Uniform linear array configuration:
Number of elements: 16
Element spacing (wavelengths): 0.5
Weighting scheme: hann
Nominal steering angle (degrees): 15
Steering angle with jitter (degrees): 14.759
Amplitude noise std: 0.05
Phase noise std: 0.05

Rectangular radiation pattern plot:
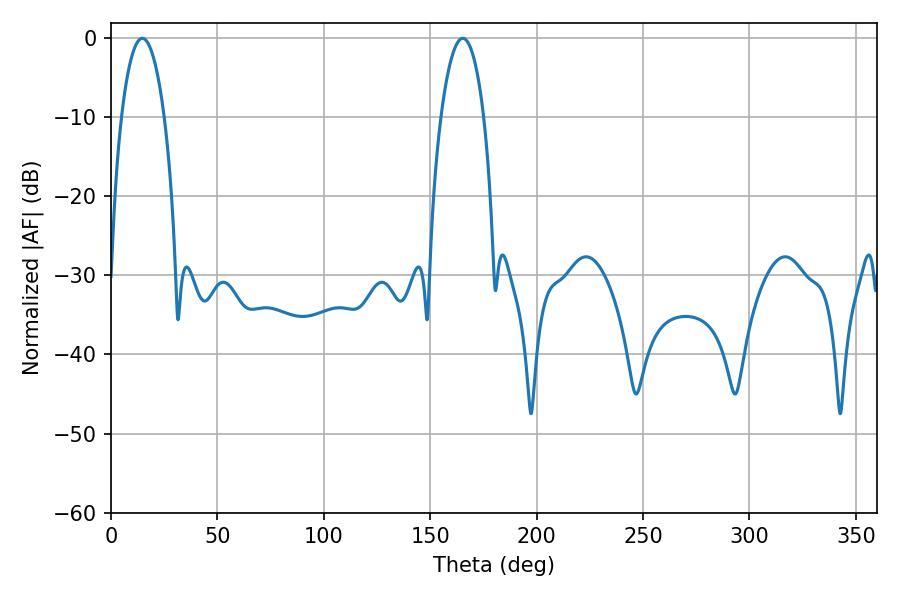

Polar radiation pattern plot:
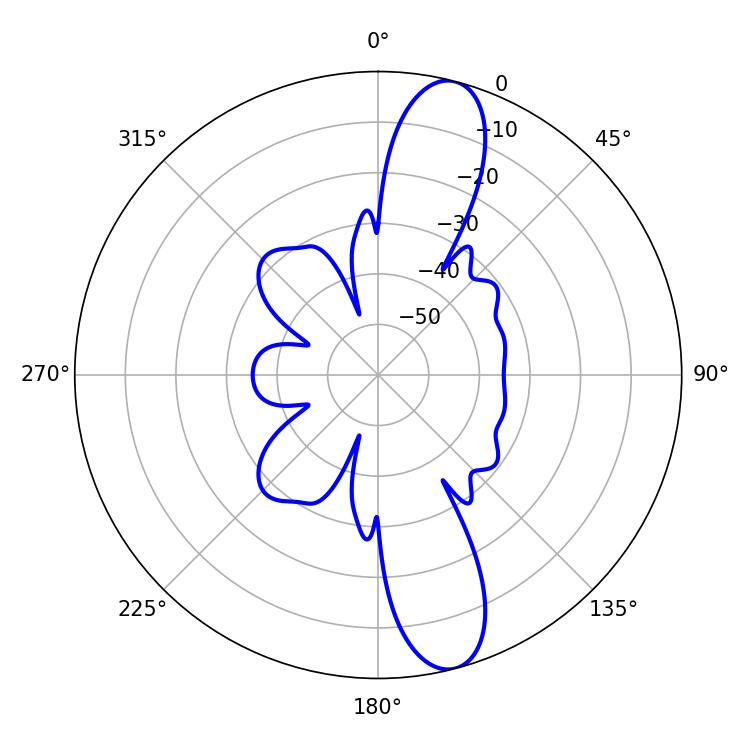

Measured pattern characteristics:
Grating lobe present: FALSE
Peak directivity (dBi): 12.741
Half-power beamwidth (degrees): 11.16
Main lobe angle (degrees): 14.76